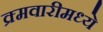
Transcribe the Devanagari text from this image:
क्र्मवारीमध्ये